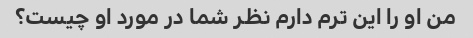
من او را این ترم دارم نظر شما در مورد او چیست؟